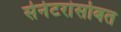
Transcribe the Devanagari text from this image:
सेनेटरांसोबत